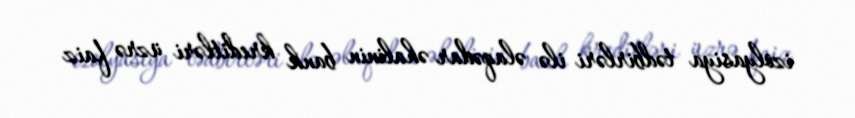
izolyasiya tədbirləri ilə əlaqədar əhalinin bank kreditləri üzrə faiz